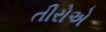
તીરોએ